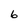
Character: 6